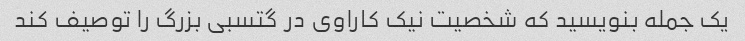
یک جمله بنویسید که شخصیت نیک کاراوی در گتسبی بزرگ را توصیف کند